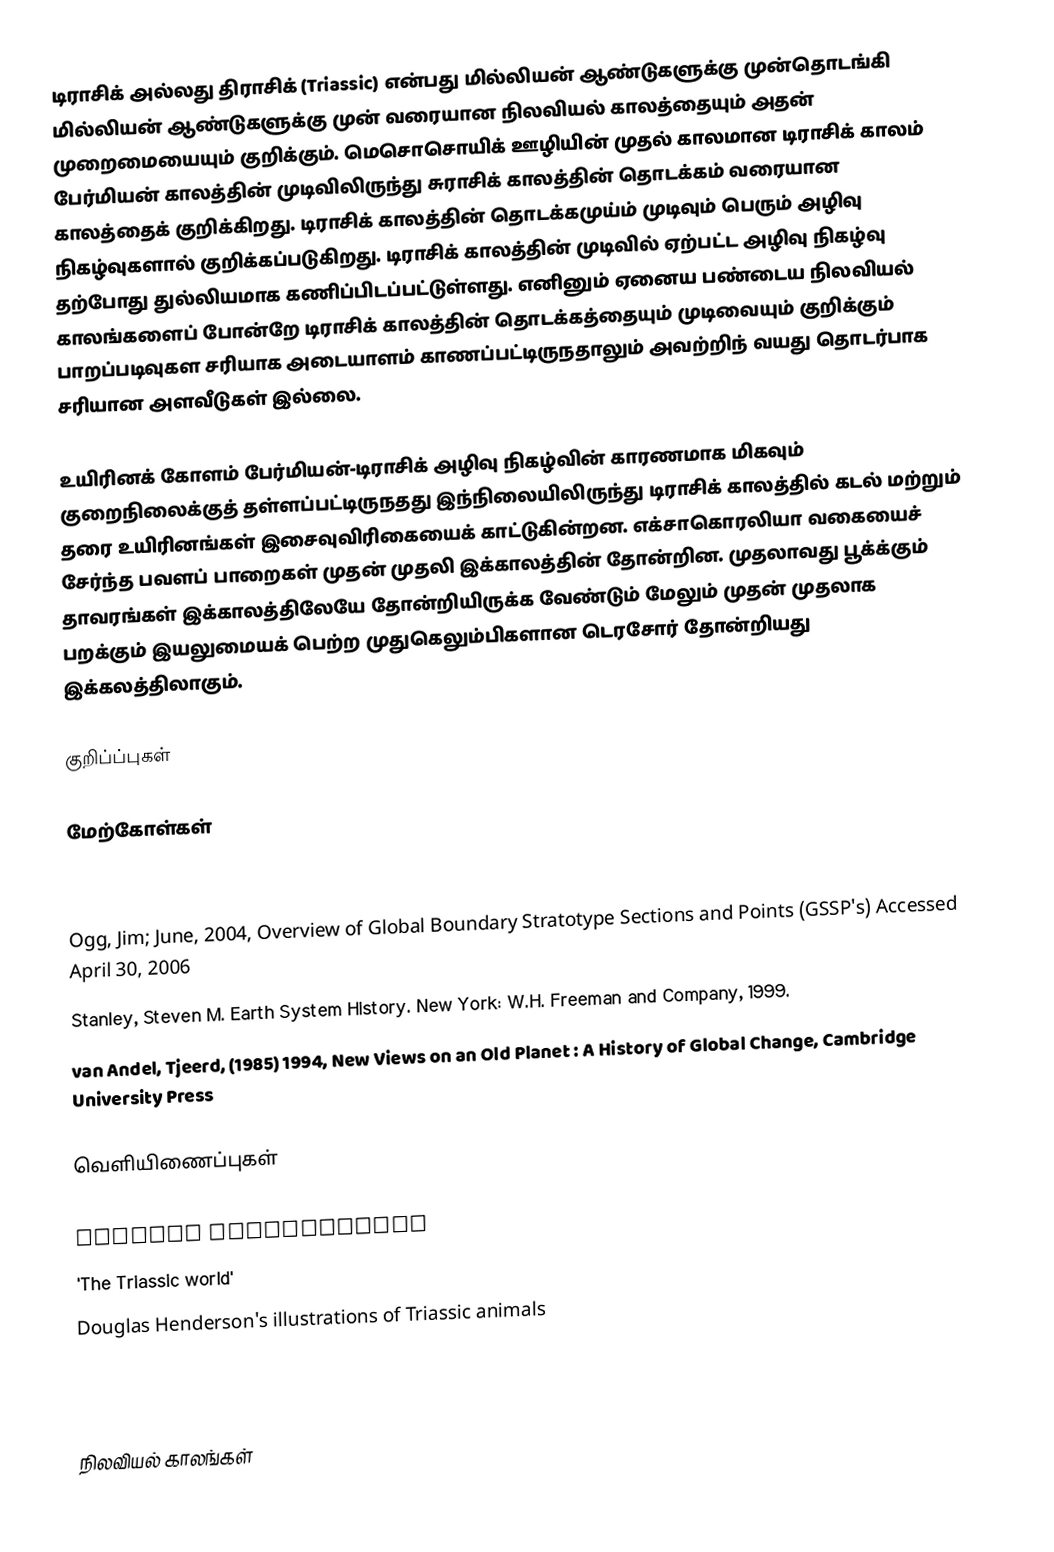
டிராசிக் அல்லது திராசிக் (Triassic) என்பது  மில்லியன் ஆண்டுகளுக்கு முன்தொடங்கி  மில்லியன் ஆண்டுகளுக்கு முன் வரையான நிலவியல் காலத்தையும் அதன் முறைமையையும் குறிக்கும். மெசொசொயிக் ஊழியின் முதல் காலமான டிராசிக் காலம் பேர்மியன் காலத்தின் முடிவிலிருந்து சுராசிக் காலத்தின் தொடக்கம் வரையான காலத்தைக் குறிக்கிறது. டிராசிக் காலத்தின் தொடக்கமுய்ம் முடிவும் பெரும் அழிவு நிகழ்வுகளால் குறிக்கப்படுகிறது. டிராசிக் காலத்தின் முடிவில் ஏற்பட்ட அழிவு நிகழ்வு தற்போது துல்லியமாக கணிப்பிடப்பட்டுள்ளது. எனினும் ஏனைய பண்டைய நிலவியல் காலங்களைப் போன்றே டிராசிக் காலத்தின் தொடக்கத்தையும் முடிவையும் குறிக்கும் பாறப்படிவுகள சரியாக அடையாளம் காணப்பட்டிருநதாலும் அவற்றிந் வயது தொடர்பாக சரியான அளவீடுகள் இல்லை.

உயிரினக் கோளம் பேர்மியன்-டிராசிக் அழிவு நிகழ்வின் காரணமாக மிகவும் குறைநிலைக்குத் தள்ளப்பட்டிருநதது இந்நிலையிலிருந்து டிராசிக் காலத்தில் கடல் மற்றும் தரை உயிரினங்கள் இசைவுவிரிகையைக் காட்டுகின்றன. எக்சாகொரலியா வகையைச் சேர்ந்த பவளப் பாறைகள் முதன் முதலி இக்காலத்தின் தோன்றின. முதலாவது பூக்க்கும் தாவரங்கள் இக்காலத்திலேயே தோன்றியிருக்க வேண்டும் மேலும் முதன் முதலாக பறக்கும் இயலுமையக் பெற்ற முதுகெலும்பிகளான டெரசோர் தோன்றியது இக்கலத்திலாகும்.

குறிப்ப்புகள்

மேற்கோள்கள்

 Emiliani, Cesare. (1992). Planet Earth : Cosmology, Geology, & the Evolution of Life & the Environment. Cambridge University Press. (Paperback Edition )
 Ogg, Jim; June, 2004, Overview of Global Boundary Stratotype Sections and Points (GSSP's)  Accessed April 30, 2006
 Stanley, Steven M. Earth System History. New York: W.H. Freeman and Company, 1999.
 van Andel, Tjeerd, (1985) 1994, New Views on an Old Planet : A History of Global Change, Cambridge University Press

வெளியிணைப்புகள்

 Overall introduction
 'The Triassic world'
 Douglas Henderson's illustrations of Triassic animals
 Paleofiles page on the Triassic extinctions
 Examples of Triassic Fossils

நிலவியல் காலங்கள்